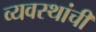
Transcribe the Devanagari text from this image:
व्यवस्थांची